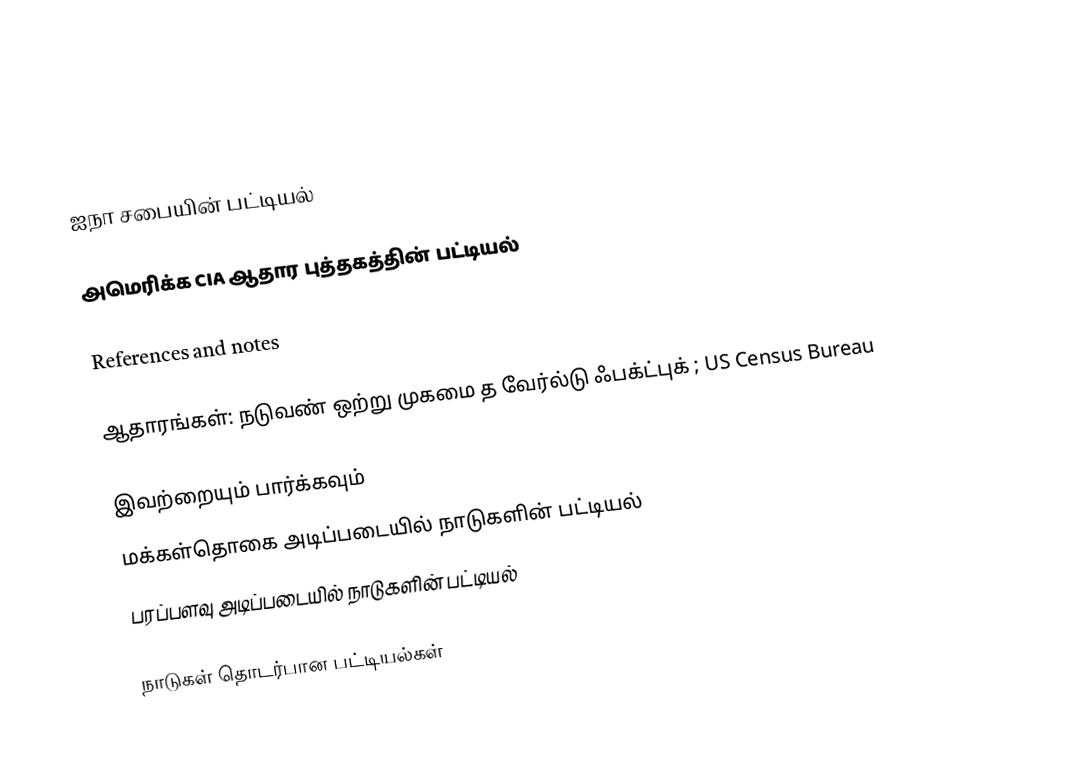

ஐநா சபையின் பட்டியல்

அமெரிக்க CIA ஆதார புத்தகத்தின் பட்டியல்

References and notes

ஆதாரங்கள்: நடுவண் ஒற்று முகமை த வேர்ல்டு ஃபக்ட்புக்  ; US Census Bureau

இவற்றையும் பார்க்கவும்
மக்கள்தொகை அடிப்படையில் நாடுகளின் பட்டியல்
பரப்பளவு அடிப்படையில் நாடுகளின் பட்டியல்

நாடுகள் தொடர்பான பட்டியல்கள்